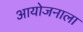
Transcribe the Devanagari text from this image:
आयोजनाला